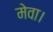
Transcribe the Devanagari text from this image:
मेवा।